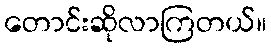
တောင်းဆိုလာကြတယ်။